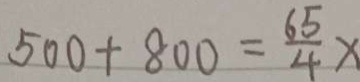
5 0 0 + 8 0 0 = \frac { 6 5 } { 4 } x